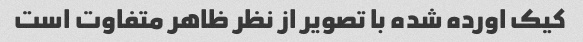
کیک اورده شده با تصویر از نظر ظاهر متفاوت است